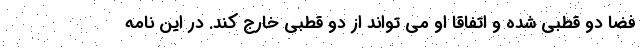
فضا دو قطبی شده و اتفاقا او می تواند از دو قطبی خارج کند. در این نامه